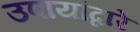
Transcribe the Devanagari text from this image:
उपायांद्वारे